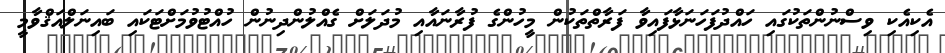
އެކިއެކި ވިސްނުންތަކުގައި ހައްދުފަހަނަޅާފައިވާ ފަރާތްތަކުން މީހުންގެ ފުރާނައާއި މުދަލަށް ގެއްލުންދިނުން ހުއްޓުވުމަށްޓަކައި ބައިނަލްއަޤްވާމީ